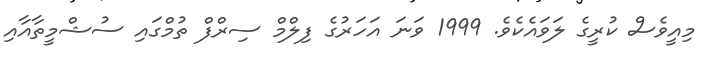
މިއީވެސް ކުރީގެ ލަވައެކެވެ. 1999 ވަނަ އަހަރުގެ ފިލްމް ސިރްފް ތުމްގައި ސުޝްމީތާއާއި